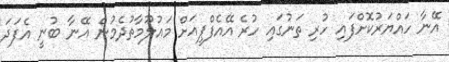
އޭނާ ހައްޔަރުކޮށްފައި ހުރި ތަނުގައި ހުރެ އޭއެފްޕީއަށް މައުލޫމާތުދެމުން އޭނާ ބުނީ އެފަދަ